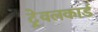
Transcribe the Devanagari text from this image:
ट्रेवलकार्ड